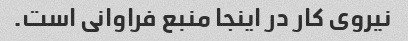
نیروی کار در اینجا منبع فراوانی است.